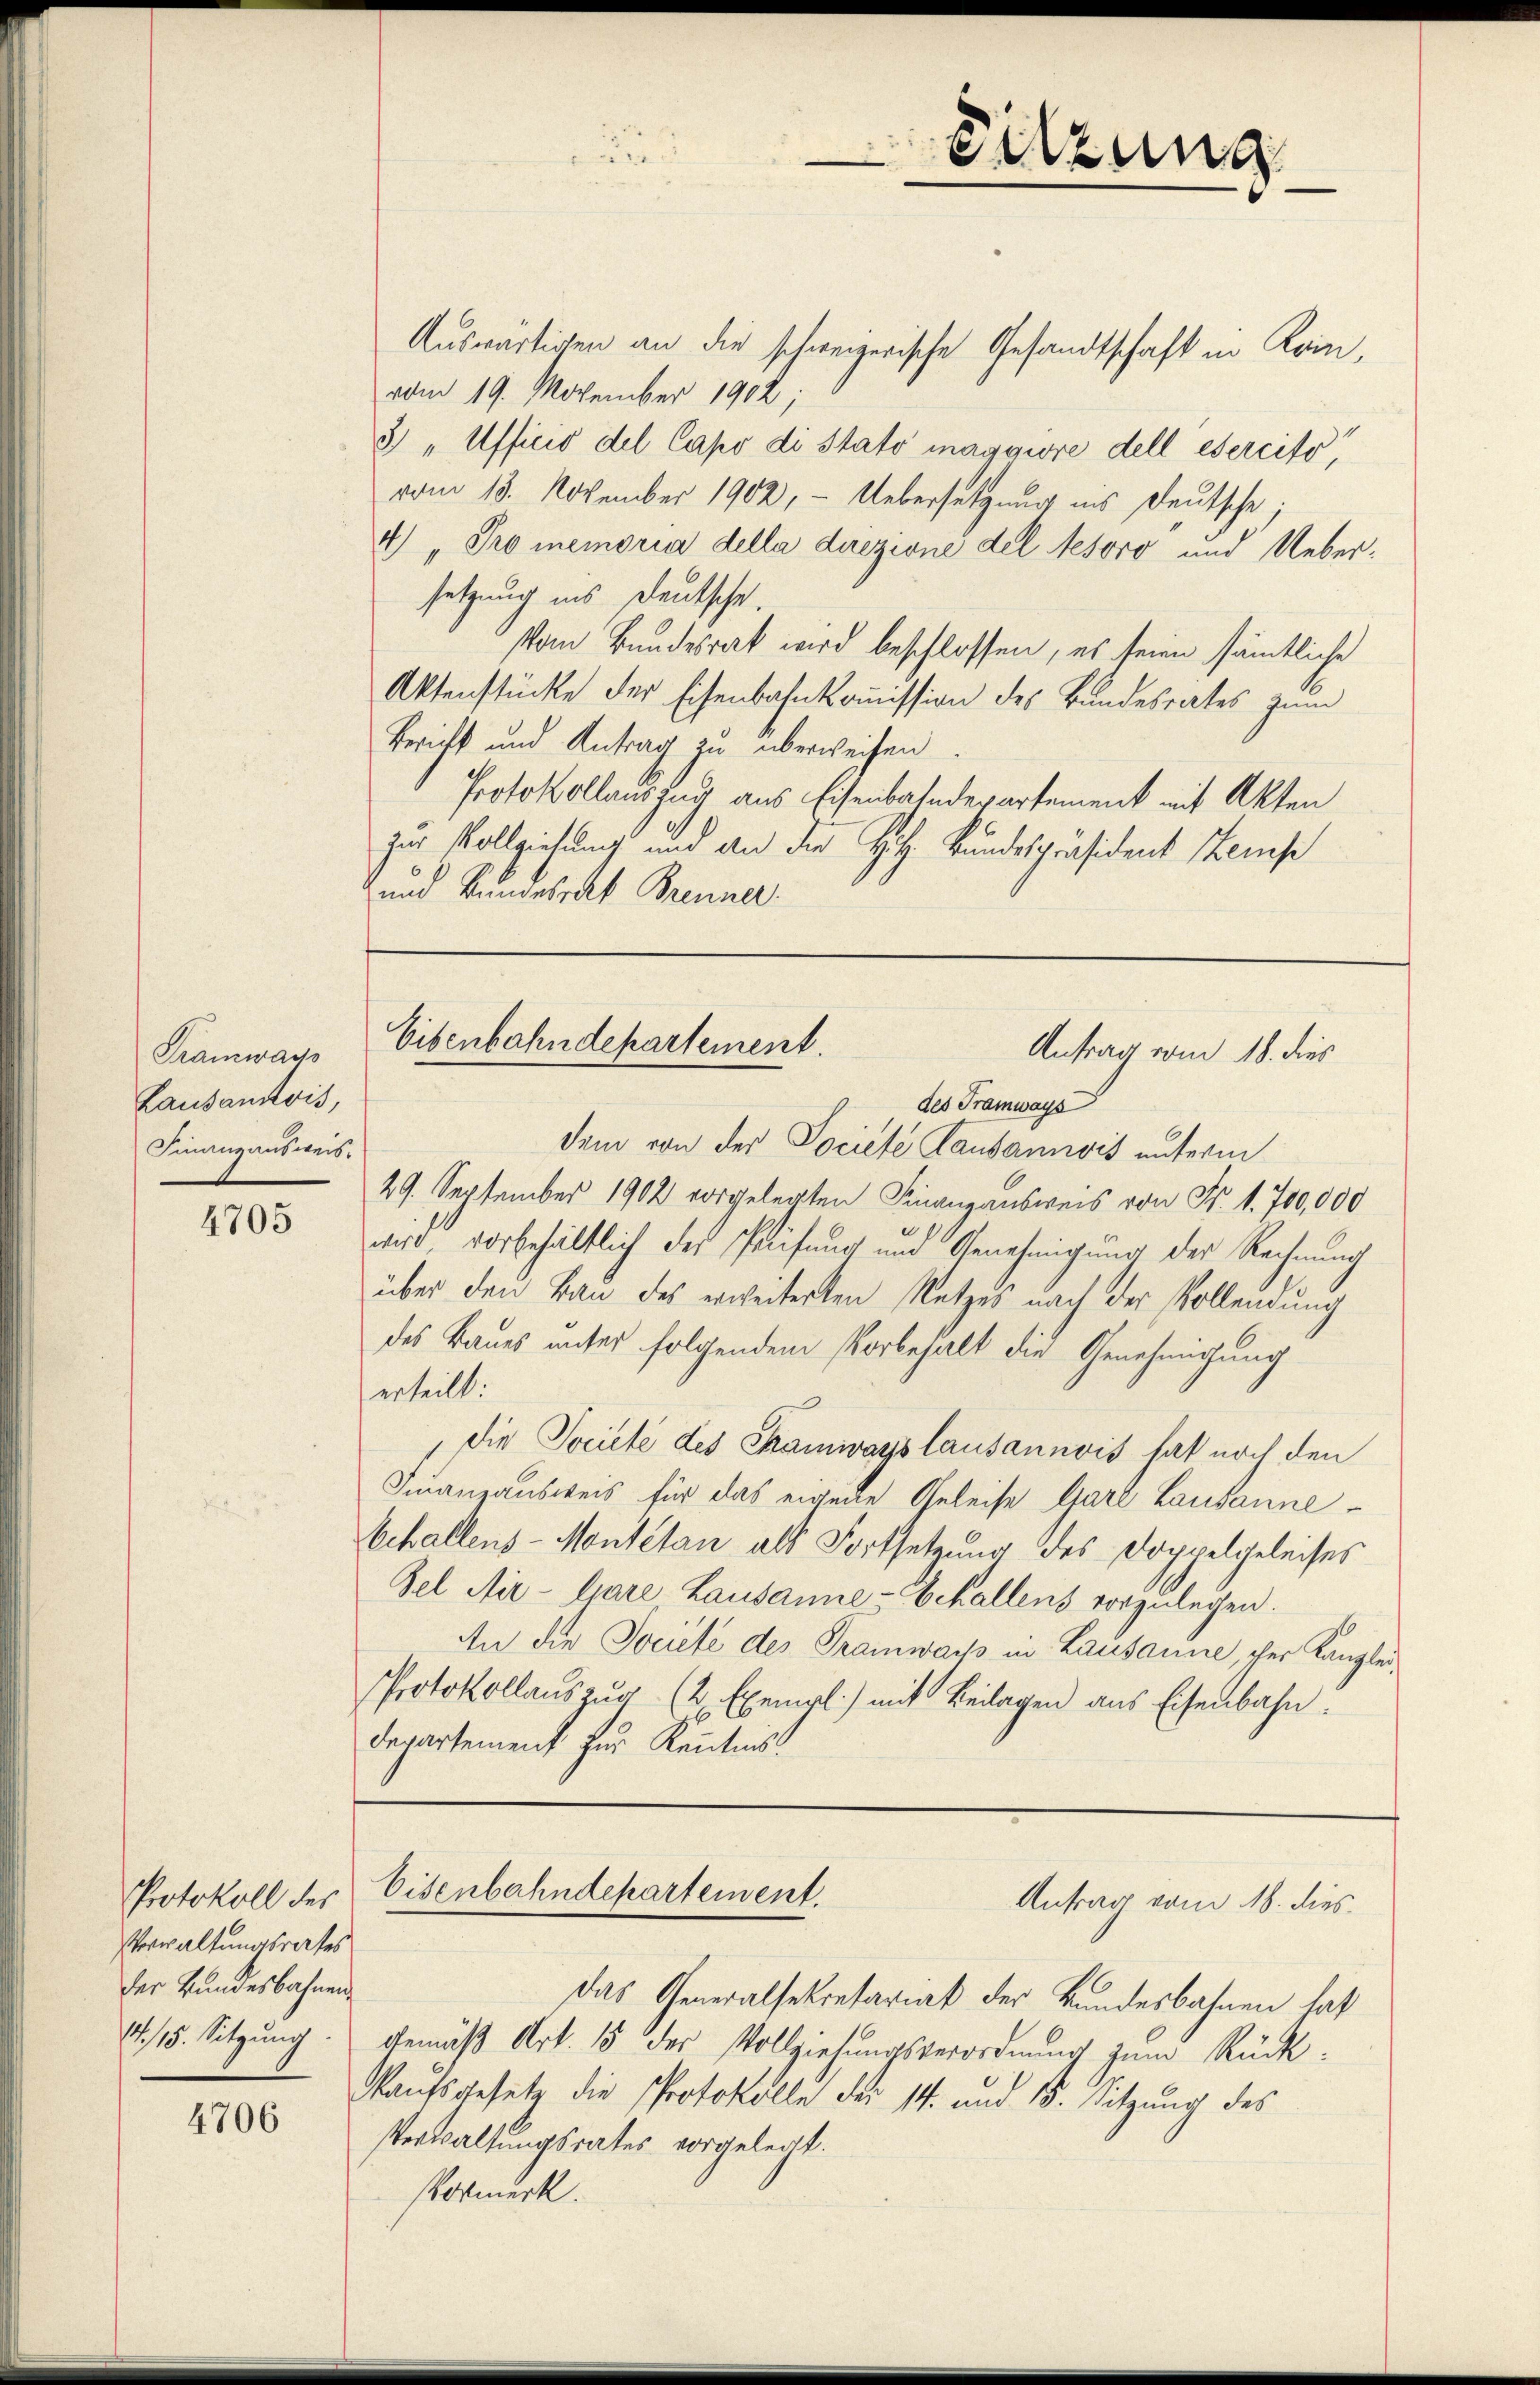
Tramways
Lausandtvis,
Finanzausweis.

4705

Protokoll des
Verwaltungsrates
der Bundesbahnen
14. 15. Sitzung.

4706

Sitzung

Auswärtigen an die schweizerische Gesandtschaft in Koin,
vom 19. November 1902;
3) „Afficio del Capo di Stato maggiore dell esercito
vom 18. November 1902, - Uebersetzung ins deutsche
4) „Promemoria della direzione del tesoro und Uebersetzung ins Deutsche.
Vom Bundesrat wird beschlossen, es seien sämtliche
Aktenstücke der Eisenbahnkommission des Bundesrates zum
Bericht und Antrag zu überweisen
Protokollauszug aus Eisenbahndepartement mit Akten
zur Vollziehung und an die Hitz- Bundespräsident tempe
und Bundesrat Brenner

Eisenbahndepartement.
Antrag vom 18. dies
des Tramways

dem von der Societe Lausannis unterm
29. September 1902 vorgelegten Finanzausweis von Fr. 1. 700,000
wird, vorbehältlich des Prüfung und Genehmigung der Rechnung
über den Bau des erweiterten Retzes nach der Vollendung
des Baues unter folgendem Vorbehalt die Genehmigung
erteilt:
die Societé des Samwayslausannvis hat noch den
Finanzausweis für das eigene Geleise Gare Lausanne¬
Echallens-Montetan als Fortsetzung des Doppelgeleises
Fel Mir-Gare Lausanne-Echallens vorzulegen.
An die Societe des Tramwais in Lausanne, der Kanzlei
Protokollauszug (2 Exempl) mit Beilagen aus Eisenbahn
Departement zur Kenntniss

Eisenbahndepartement.
Antrag vom 18. dies

Das Generalsekretariat der Bundesbahnen hat
gemäß Art. 15 der Vollziehungsverordnung zum Rück¬
Maufsgesetz die Protokolle des 14. und 15. Sitzung des
Verwaltungsrates vorgelegt.
Vormerk.